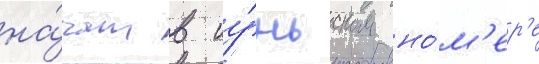
на́чат в иу́ньском но́м'ер'е